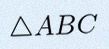
\triangle ABC